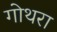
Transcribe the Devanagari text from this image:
गोथरा